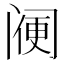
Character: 𨸇